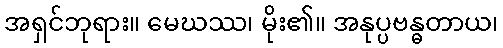
အရှင်ဘုရား။ မေဃဿ၊ မိုး၏။ အနုပ္ပဗန္ဓတာယ၊